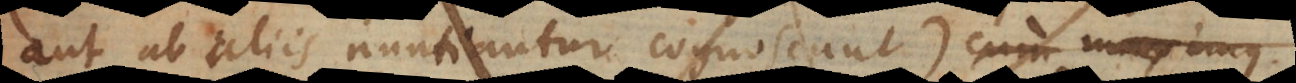
aut ab aliis nuntiantur cognoscunt) cum maximus